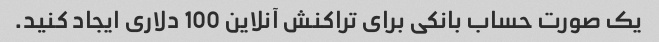
یک صورت حساب بانکی برای تراکنش آنلاین 100 دلاری ایجاد کنید.